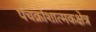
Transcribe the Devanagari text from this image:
पंचक्रोशात्मकक्षेत्र